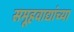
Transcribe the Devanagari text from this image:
समूहवाद्यांच्या